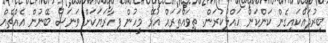
ބިރުދައްކައިގެން ކަންކަން ހައްލުކުރަން. ތިވައްތަރައް އުޅޭ މީހުން ފިހާރަޔަކަށް ވަނަސް ބޭނުން އެއްޗެއް